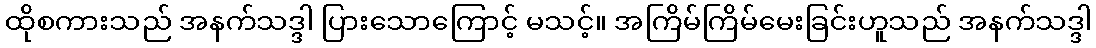
ထိုစကားသည် အနက်သဒ္ဒါ ပြားသောကြောင့် မသင့်။ အကြိမ်ကြိမ်မေးခြင်းဟူသည် အနက်သဒ္ဒါ